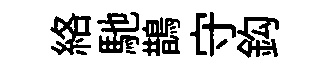
絡馳鵲守鈎